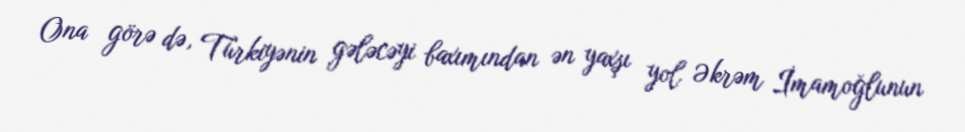
Ona görə də, Türkiyənin gələcəyi baxımından ən yaxşı yol Əkrəm İmamoğlunun